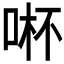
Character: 𱒽